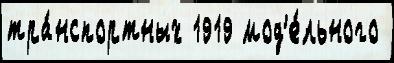
тра́нспортных 1919 мод'е́льного